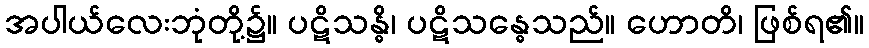
အပါယ်လေးဘုံတို့၌။ ပဋိသန္ဓိ၊ ပဋိသန္ဓေသည်။ ဟောတိ၊ ဖြစ်ရ၏။